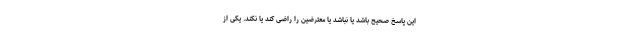
این پاسخ صحیح باشد یا نباشد یا معترضین را راضی کند یا نکند. یکی از